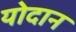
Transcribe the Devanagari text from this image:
योदान